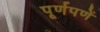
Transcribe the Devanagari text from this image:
पूर्णपणें